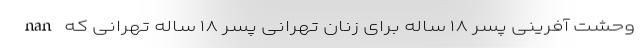
nan وحشت آفرینی پسر ۱۸ ساله برای زنان تهرانی پسر ۱۸ ساله تهرانی که